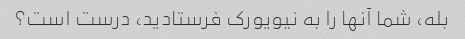
بله، شما آنها را به نیویورک فرستادید، درست است؟